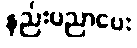
နည်းပညာပေး